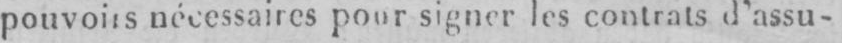
nécessaires pour signer les contrats d’assu-